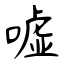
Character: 嘘